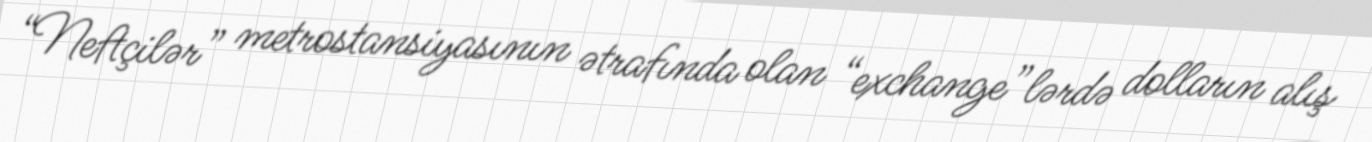
“Neftçilər” metrostansiyasının ətrafında olan “exchange”lərdə dolların alış